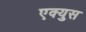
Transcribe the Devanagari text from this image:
एक्युस